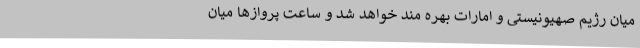
میان رژیم صهیونیستی و امارات بهره مند خواهد شد و ساعت پروازها میان